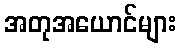
အတုအယောင်များ